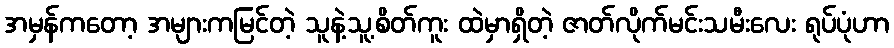
အမှန်ကတော့ အများကမြင်တဲ့ သူနဲ့သူ့စိတ်ကူး ထဲမှာရှိတဲ့ ဇာတ်လိုက်မင်းသမီးလေး ရုပ်ပုံဟာ